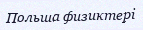
Польша физиктері